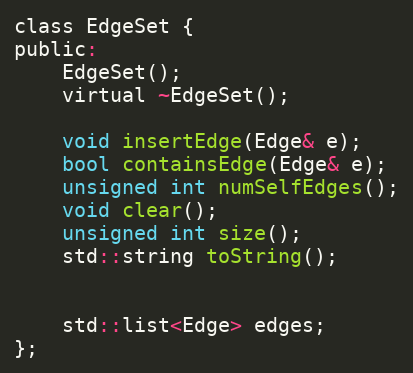
Language: C
class EdgeSet {
public:
	EdgeSet();
	virtual ~EdgeSet();

	void insertEdge(Edge& e);
	bool containsEdge(Edge& e);
	unsigned int numSelfEdges();
	void clear();
	unsigned int size();
	std::string toString();

	std::list<Edge> edges;
};